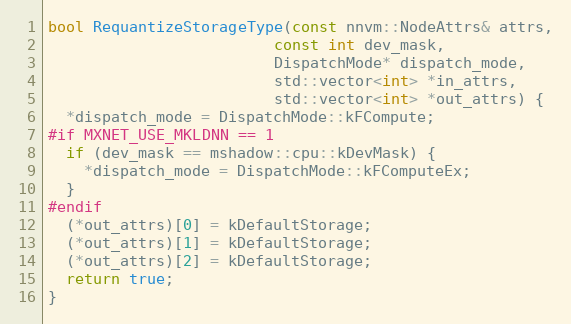
Language: C++
bool RequantizeStorageType(const nnvm::NodeAttrs& attrs,
                         const int dev_mask,
                         DispatchMode* dispatch_mode,
                         std::vector<int> *in_attrs,
                         std::vector<int> *out_attrs) {
  *dispatch_mode = DispatchMode::kFCompute;
#if MXNET_USE_MKLDNN == 1
  if (dev_mask == mshadow::cpu::kDevMask) {
    *dispatch_mode = DispatchMode::kFComputeEx;
  }
#endif
  (*out_attrs)[0] = kDefaultStorage;
  (*out_attrs)[1] = kDefaultStorage;
  (*out_attrs)[2] = kDefaultStorage;
  return true;
}